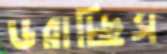
ডরাচ্ছিস